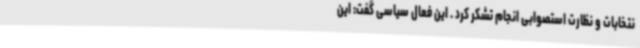
نتخابات و نظارت استصوابی انجام تشکر کرد . این فعال سیاسی گفت: این